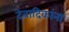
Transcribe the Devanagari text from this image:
देवादिकांना